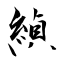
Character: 緽